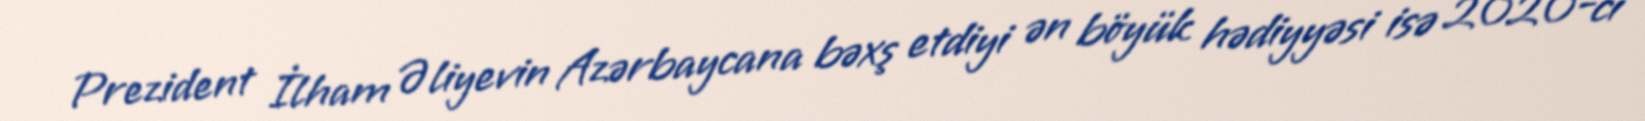
Prezident İlham Əliyevin Azərbaycana bəxş etdiyi ən böyük hədiyyəsi isə 2020-ci